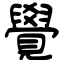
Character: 覺